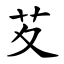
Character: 䒘